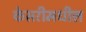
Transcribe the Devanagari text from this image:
केसरीमधील